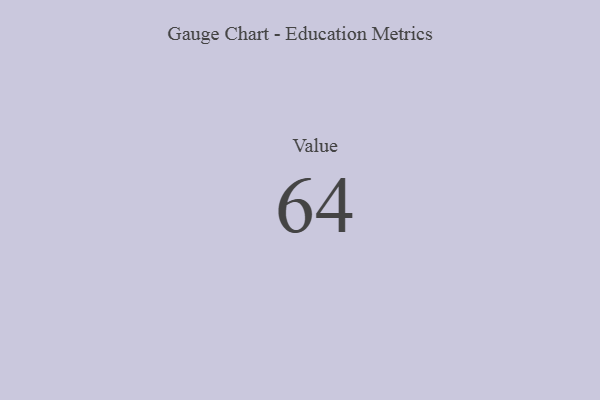
{"axis": {"x": "Metric", "y": "Value"}, "legend": [""], "data": [{"x": "Value", "y": 64, "type": ""}]}